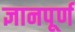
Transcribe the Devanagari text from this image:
ज्ञानपूर्ण